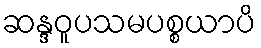
ဆန္ဒဝူပသမပစ္စယာပိ